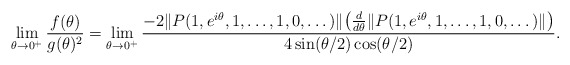
\begin{align*}\lim_{\theta\to 0^+} \frac{f(\theta)}{g(\theta)^2}= \lim_{\theta\to 0^+} \frac{-2 \|P(1, e^{i\theta}, 1,\dots, 1, 0,\dots)\| \big(\frac{d}{d\theta} \|P(1, e^{i\theta}, 1,\dots, 1, 0,\dots)\| \big)}{4\sin(\theta/2)\cos(\theta/2)}.\end{align*}